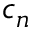
c _ { n }